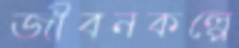
জীবনকল্পে